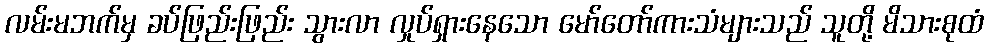
လမ်းမဘက်မှ ခပ်ဖြည်းဖြည်း သွားလာ လှုပ်ရှားနေသော မော်တော်ကားသံများသည် သူတို့ မိသားစုထံ